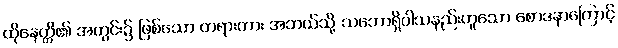
ထိုနေတ္တိ၏ အတွင်း၌ ဖြစ်သော တရားကား အဘယ်သို့ သဘောရှိပါသနည်းဟူသော စောဒနာကြောင့်